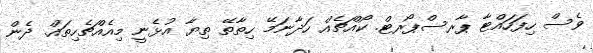
ވެސް ހިފަހައްޓާ ޕާރސްޕޯރޓް. ކޯއްޗެއް ހަދާނަމޭ ހިތާތޭ ތިޔާ އުޅެނީ މިއެއްޗެހިތައް. ދެން